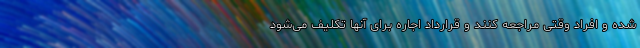
شده و افراد وقتی مراجعه کنند و قرارداد اجاره برای آنها تکلیف می‌شود